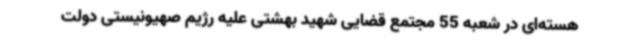
هسته‌ای در شعبه 55 مجتمع قضایی شهید بهشتی علیه رژیم صهیونیستی دولت